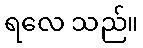
ရလေ သည်။